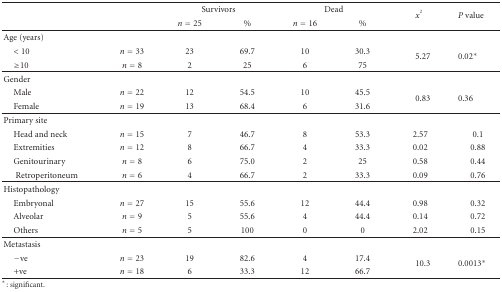
|  |  | <COLSPAN=2> Survivors | <COLSPAN=2> Dead | <ROWSPAN=2> x2 | <ROWSPAN=2> P value |
 |  |  | n = 25 | % | n = 16 | % |
 | --- | --- | --- | --- | --- | --- | --- | --- |
 | Age (years) |  |  |  |  |  |  |  |
 | < 10 | n = 33 | 23 | 69.7 | 10 | 30.3 | <ROWSPAN=2> 5.27 | <ROWSPAN=2> 0.02* |
 | ≥10 | n = 8 | 2 | 25 | 6 | 75 |
 | Gender |  |  |  |  |  |  |  |
 | Male | n = 22 | 12 | 54.5 | 10 | 45.5 | <ROWSPAN=2> 0.83 | <ROWSPAN=2> 0.36 |
 | Female | n = 19 | 13 | 68.4 | 6 | 31.6 |
 | Primary site |  |  |  |  |  |  |  |
 | Head and neck | n = 15 | 7 | 46.7 | 8 | 53.3 | 2.57 | 0.1 |
 | Extremities | n = 12 | 8 | 66.7 | 4 | 33.3 | 0.02 | 0.88 |
 | Genitourinary | n = 8 | 6 | 75.0 | 2 | 25 | 0.58 | 0.44 |
 | Retroperitoneum | n = 6 | 4 | 66.7 | 2 | 33.3 | 0.09 | 0.76 |
 | Histopathology |  |  |  |  |  |  |  |
 | Embryonal | n = 27 | 15 | 55.6 | 12 | 44.4 | 0.98 | 0.32 |
 | Alveolar | n = 9 | 5 | 55.6 | 4 | 44.4 | 0.14 | 0.72 |
 | Others | n = 5 | 5 | 100 | 0 | 0 | 2.02 | 0.15 |
 | Metastasis |  |  |  |  |  |  |  |
 | −ve | n = 23 | 19 | 82.6 | 4 | 17.4 | <ROWSPAN=2> 10.3 | <ROWSPAN=2> 0.0013* |
 | +ve | n = 18 | 6 | 33.3 | 12 | 66.7 |